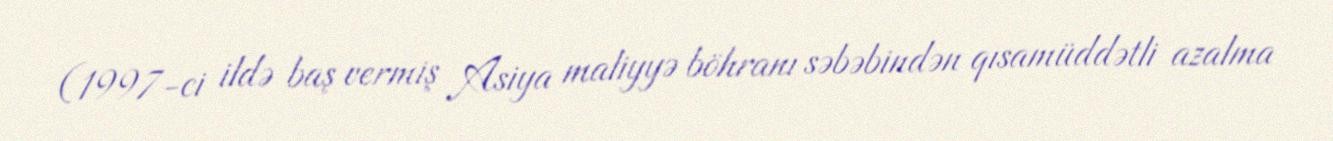
(1997-ci ildə baş vermiş Asiya maliyyə böhranı səbəbindən qısamüddətli azalma